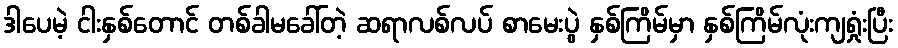
ဒါပေမဲ့ ငါးနှစ်တောင် တစ်ခါမခေါ်တဲ့ ဆရာလစ်လပ် စာမေးပွဲ နှစ်ကြိမ်မှာ နှစ်ကြိမ်လုံးကျရှုံးပြီး